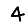
Digit: 4